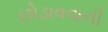
છોડાવવાની